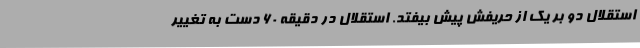
استقلال دو بر یک از حریفش پیش بیفتد. استقلال در دقیقه 60 دست به تغییر